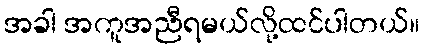
အခါ အကူအညီရမယ်လို့ထင်ပါတယ်။